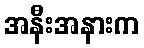
အနီးအနားက